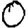
Digit: 0